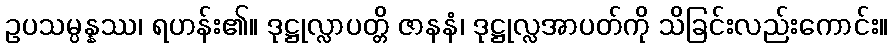
ဥပသမ္ပန္နဿ၊ ရဟန်း၏။ ဒုဋ္ဌုလ္လာပတ္တိ ဇာနနံ၊ ဒုဋ္ဌုလ္လအာပတ်ကို သိခြင်းလည်းကောင်း။